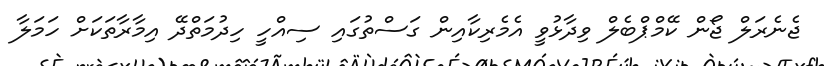
ޖެނެރަލް ޖޯން ކޭމްޕްބެލް ވިދާޅުވީ އެމެރިކާއިން ގަސްތުގައި ސިއްހީ ހިދުމަތްދޭ އިމާރާތަކަށް ހަމަލާ